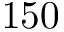
1 5 0